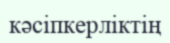
кәсіпкерліктің